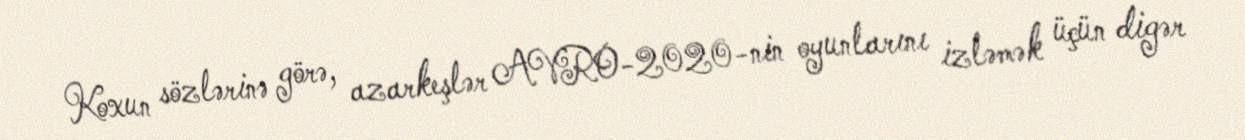
Koxun sözlərinə görə, azarkeşlər AVRO-2020-nin oyunlarını izləmək üçün digər